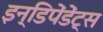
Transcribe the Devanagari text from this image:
इन्डिपेंडेंट्स